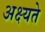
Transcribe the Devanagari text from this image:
अक्ष्यते